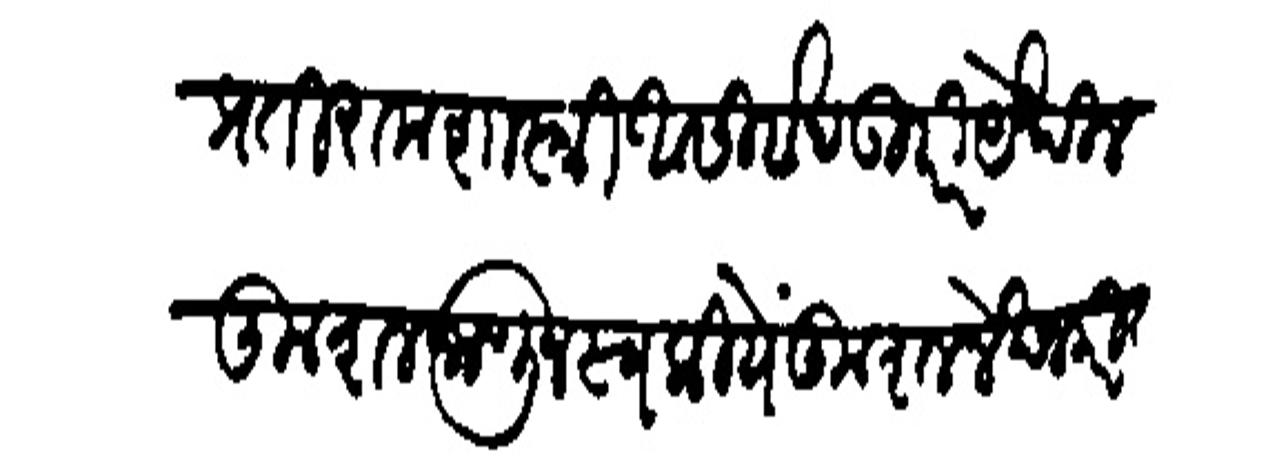
Transliteration (Devanagari): प्रति रामशास्त्री आसिर्वाद उपरि येथील कुशल जाणून स्वकीयें कुशल लेखन करीत